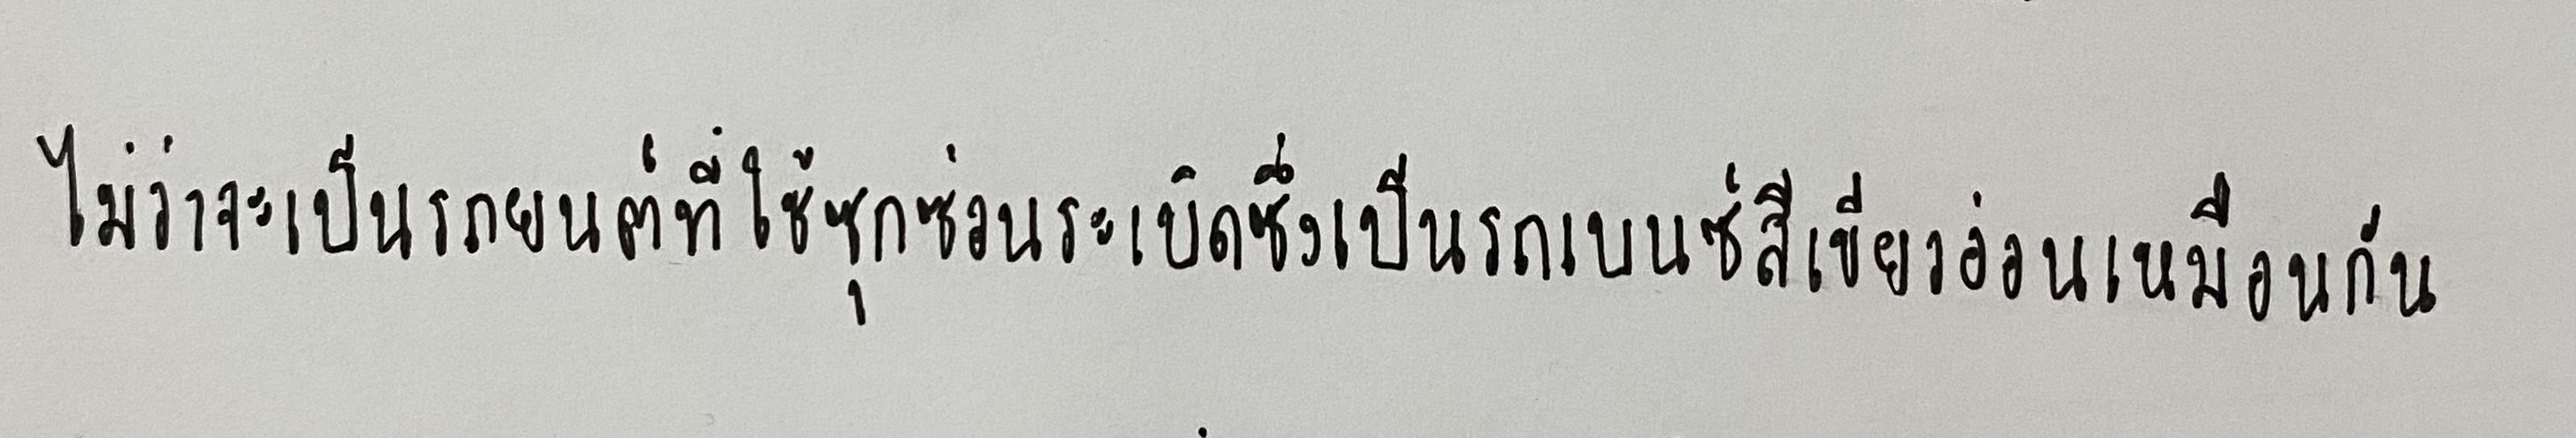
ไม่ว่าจะเป็นรถยนต์ที่ใช้ซุกซ่อนระเบิดซึ่งเป็นรถเบนซ์สีเขียวอ่อนเหมือนกัน